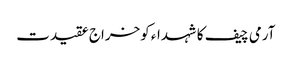
آرمی چیف کا شہداء کوخراج عقیدت